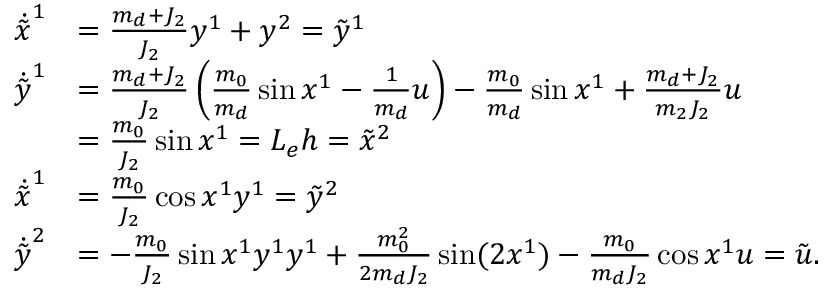
\begin{array} { r l } { \dot { \tilde { x } } ^ { 1 } } & { = \frac { m _ { d } + J _ { 2 } } { J _ { 2 } } y ^ { 1 } + y ^ { 2 } = \tilde { y } ^ { 1 } } \\ { \dot { \tilde { y } } ^ { 1 } } & { = \frac { m _ { d } + J _ { 2 } } { J _ { 2 } } \left( \frac { m _ { 0 } } { m _ { d } } \sin x ^ { 1 } - \frac { 1 } { m _ { d } } u \right) - \frac { m _ { 0 } } { m _ { d } } \sin x ^ { 1 } + \frac { m _ { d } + J _ { 2 } } { m _ { 2 } J _ { 2 } } u } \\ & { = \frac { m _ { 0 } } { J _ { 2 } } \sin x ^ { 1 } = L _ { e } h = \tilde { x } ^ { 2 } } \\ { \dot { \tilde { x } } ^ { 1 } } & { = \frac { m _ { 0 } } { J _ { 2 } } \cos x ^ { 1 } y ^ { 1 } = \tilde { y } ^ { 2 } } \\ { \dot { \tilde { y } } ^ { 2 } } & { = - \frac { m _ { 0 } } { J _ { 2 } } \sin x ^ { 1 } y ^ { 1 } y ^ { 1 } + \frac { m _ { 0 } ^ { 2 } } { 2 m _ { d } J _ { 2 } } \sin ( 2 x ^ { 1 } ) - \frac { m _ { 0 } } { m _ { d } J _ { 2 } } \cos x ^ { 1 } u = \tilde { u } . } \end{array}